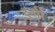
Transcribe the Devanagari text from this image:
डर्गी